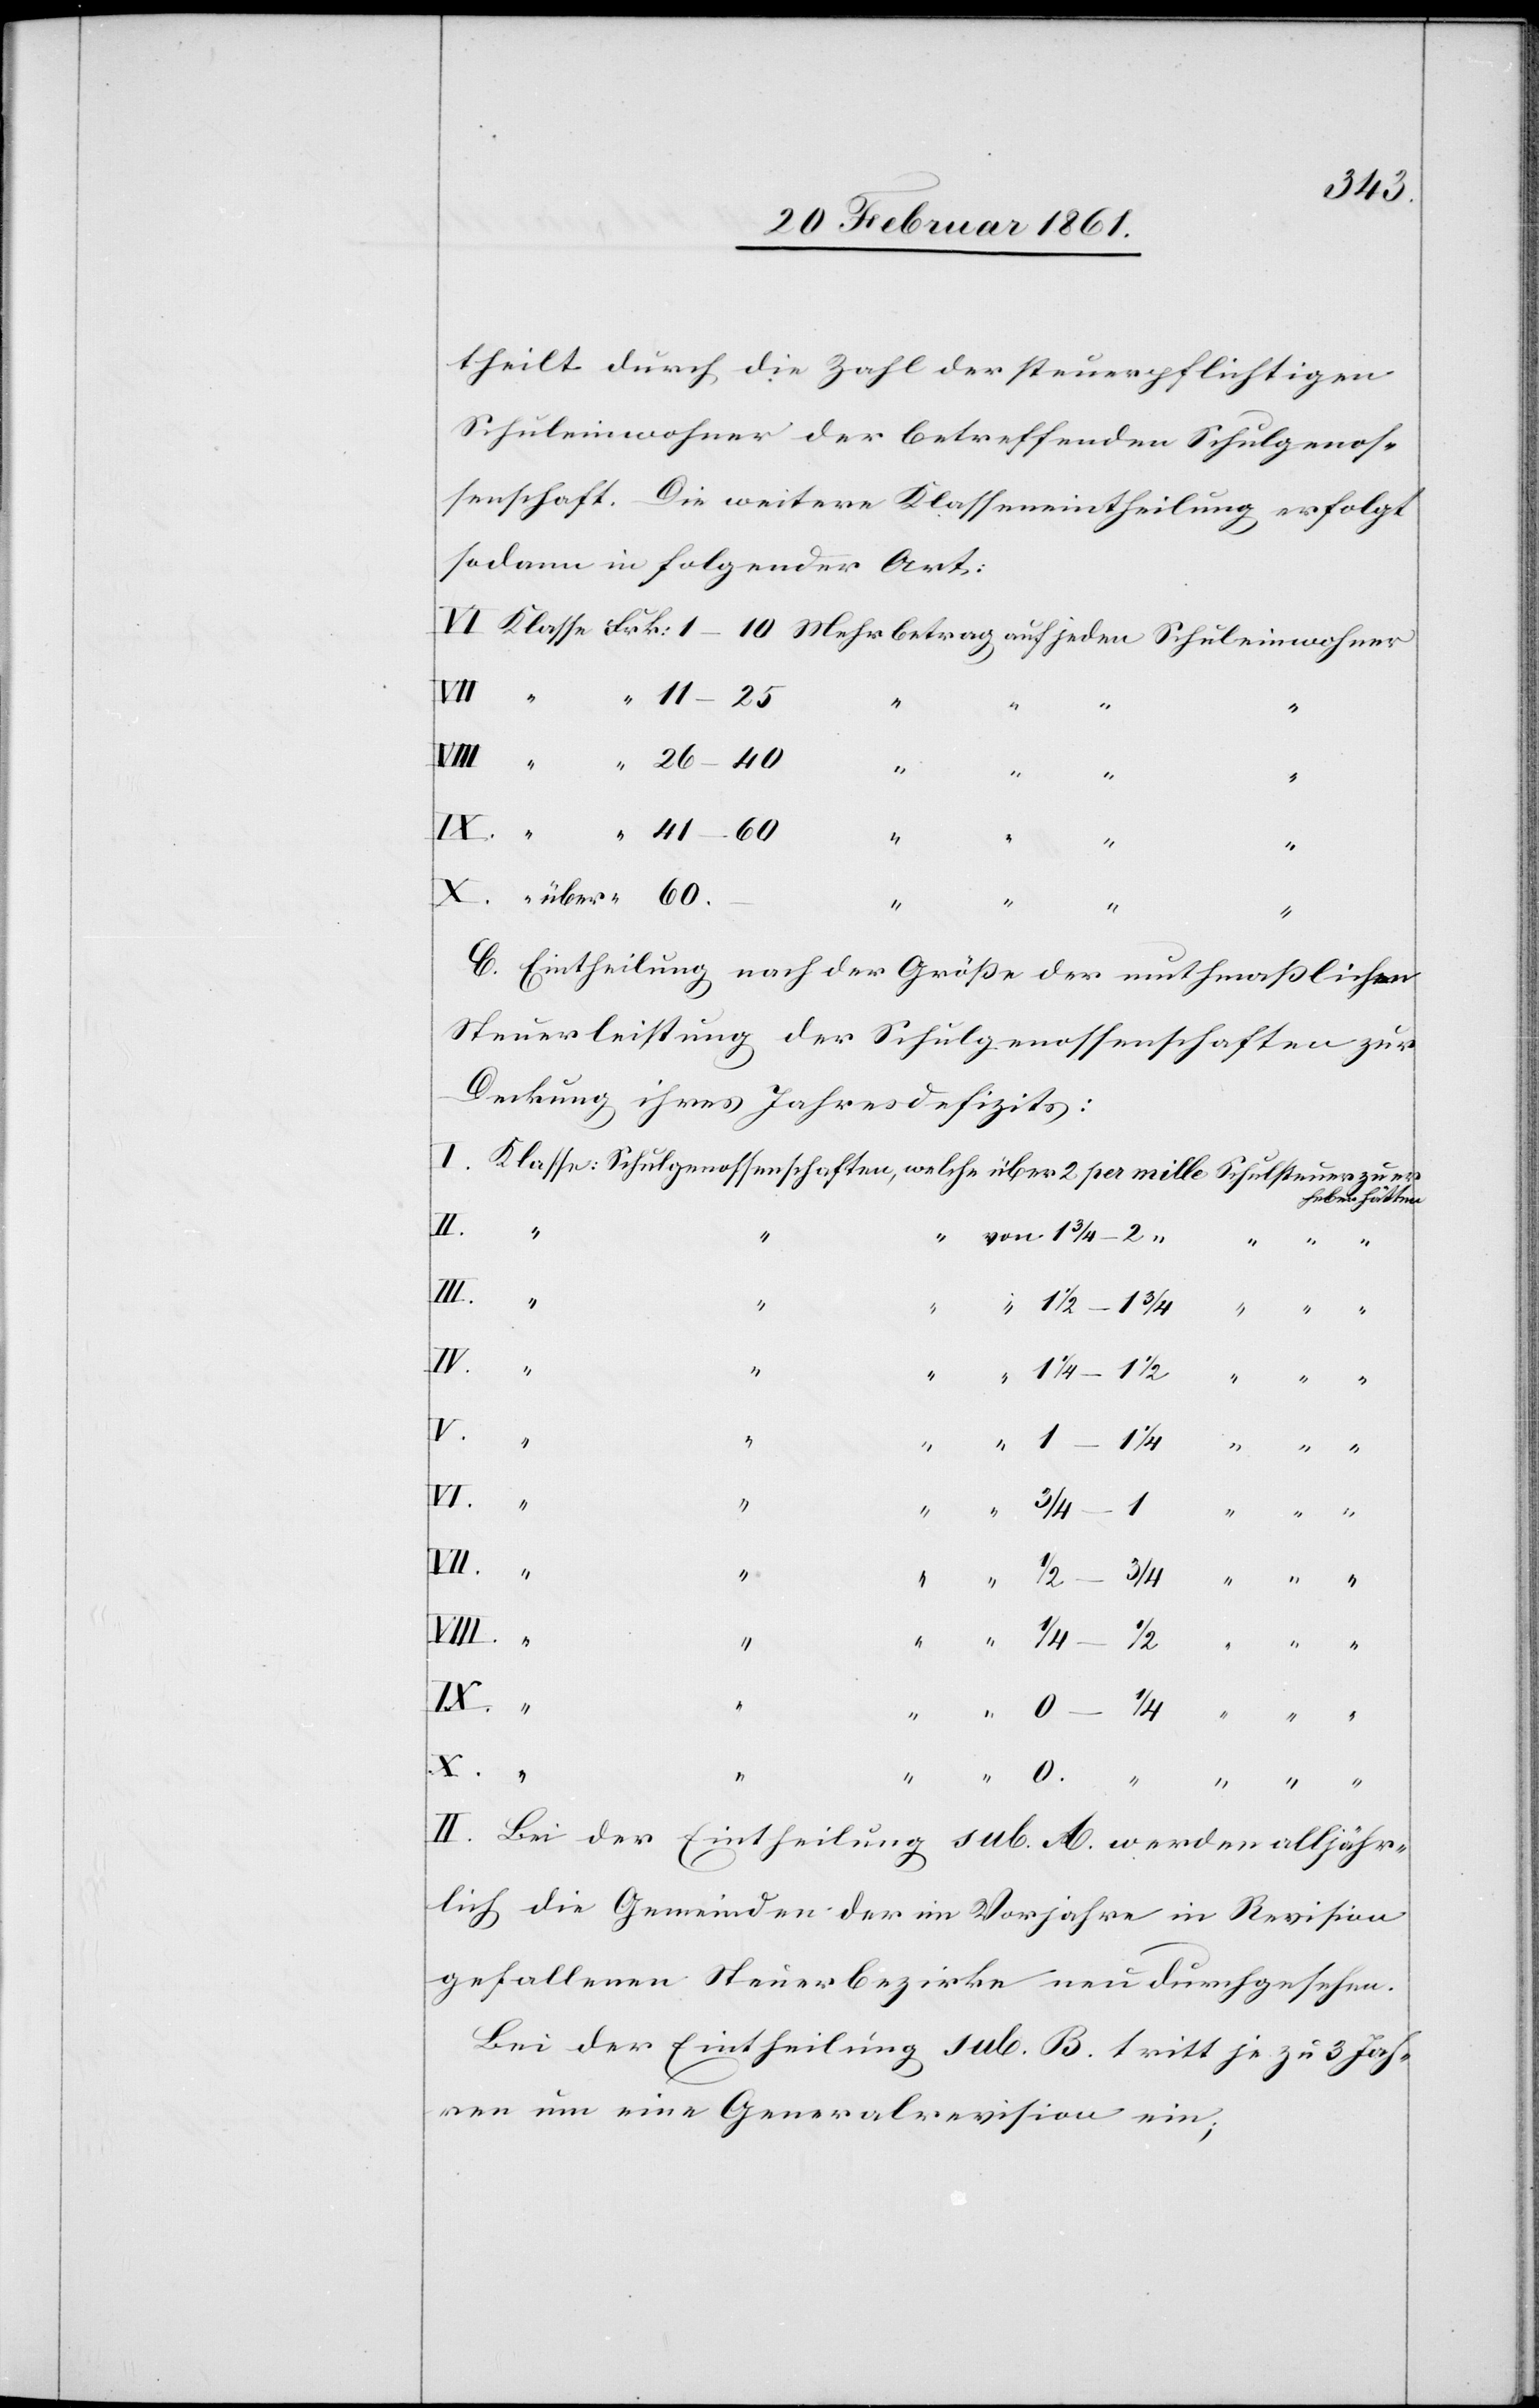
11–25
theilt durch die Zahl der steuerpflichtigen
Schuleinwohner der betreffenden Schulgenos¬
senschaft. Die weitere Klasseneintheilung erfolgt
sodann in folgender Art:
26–40
von
2
“
“
“
C. Eintheilung nach der Grösse der muthmasslichen
Steuerleistung der Schulgenossenschaften zur
Deckung ihres Jahresdefizits:
“
II. Bei der Eintheilung sub. A. werden alljähr¬
lich die Gemeinden der Vorjahre in Revision
gefallenen Steuerbezirke neu durchgesehen.
Bei der Eintheilung sub. B. tritt je zu 3 Jah¬
ren um eine Generalrevision ein;